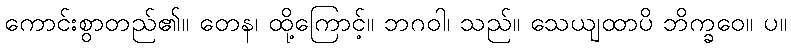
ကောင်းစွာတည်၏။ တေန၊ ထို့ကြောင့်။ ဘဂဝါ၊ သည်။ သေယျထာပိ ဘိက္ခဝေ။ ပ။